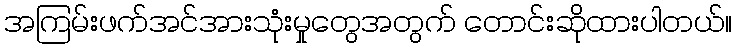
အကြမ်းဖက်အင်အားသုံးမှုတွေအတွက် တောင်းဆိုထားပါတယ်။